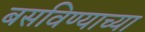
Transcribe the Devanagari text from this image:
बसविण्याच्या